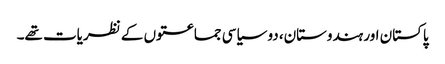
پاکستان اور ہندوستان، دو سیاسی جماعتوں کے نظریات تھے۔